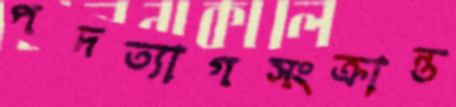
পদত্যাগসংক্রান্ত